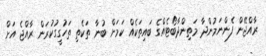
ރާއްޖޭން ފެންނަމުންދާ މަތިންދާބޯޓެއްގެ ބައިތަކެއް ކަމަށް ބުނާ ތަކެތި ތަހުގީގުކުރަން ރާއްޖެ އަށް